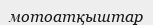
мотоатқыштар